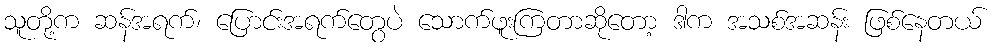
သူတို့က ဆန်အရက်၊ ပြောင်းအရက်တွေပဲ သောက်ဖူးကြတာဆိုတော့ ဒါက အသစ်အဆန်း ဖြစ်နေတယ်